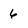
Character: 6